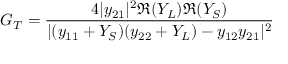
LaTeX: G _ { T } = { \frac { 4 | y _ { 2 1 } | ^ { 2 } \Re { ( Y _ { L } ) } \Re { ( Y _ { S } ) } } { | ( y _ { 1 1 } + Y _ { S } ) ( y _ { 2 2 } + Y _ { L } ) - y _ { 1 2 } y _ { 2 1 } | ^ { 2 } } }